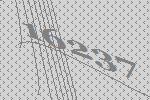
16237